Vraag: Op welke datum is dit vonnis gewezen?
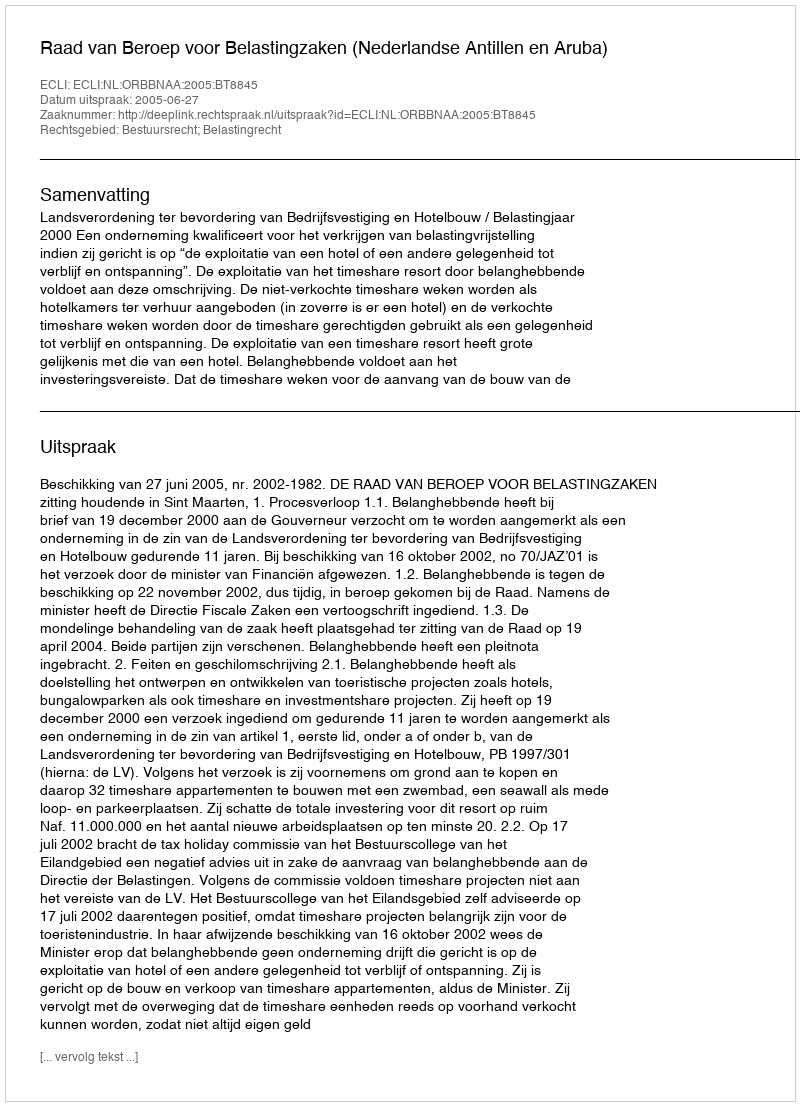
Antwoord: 2005-06-27